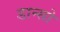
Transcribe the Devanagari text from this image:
डान्सो